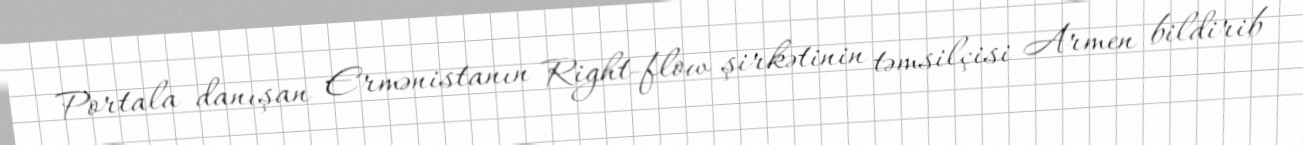
Portala danışan Ermənistanın Right-flow şirkətinin təmsilçisi Armen bildirib